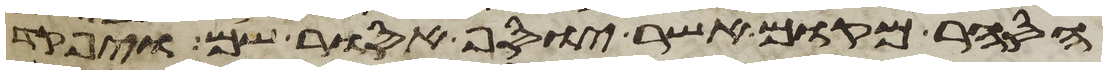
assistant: הסחר מקום אשר יוסף אסור שם ויפקד